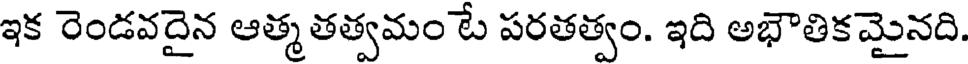
ఇక రెండవదైన ఆత్మ తత్వమం టే పరతత్వం. ఇది అభౌతికమైనది.